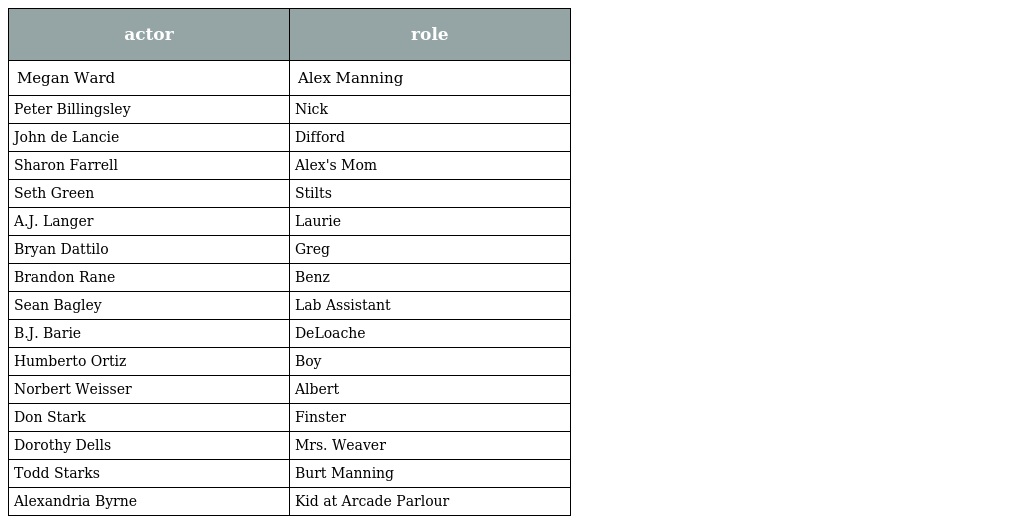
| actor | role |
 | --- | --- |
 | Megan Ward | Alex Manning |
 | Peter Billingsley | Nick |
 | John de Lancie | Difford |
 | Sharon Farrell | Alex's Mom |
 | Seth Green | Stilts |
 | A.J. Langer | Laurie |
 | Bryan Dattilo | Greg |
 | Brandon Rane | Benz |
 | Sean Bagley | Lab Assistant |
 | B.J. Barie | DeLoache |
 | Humberto Ortiz | Boy |
 | Norbert Weisser | Albert |
 | Don Stark | Finster |
 | Dorothy Dells | Mrs. Weaver |
 | Todd Starks | Burt Manning |
 | Alexandria Byrne | Kid at Arcade Parlour |